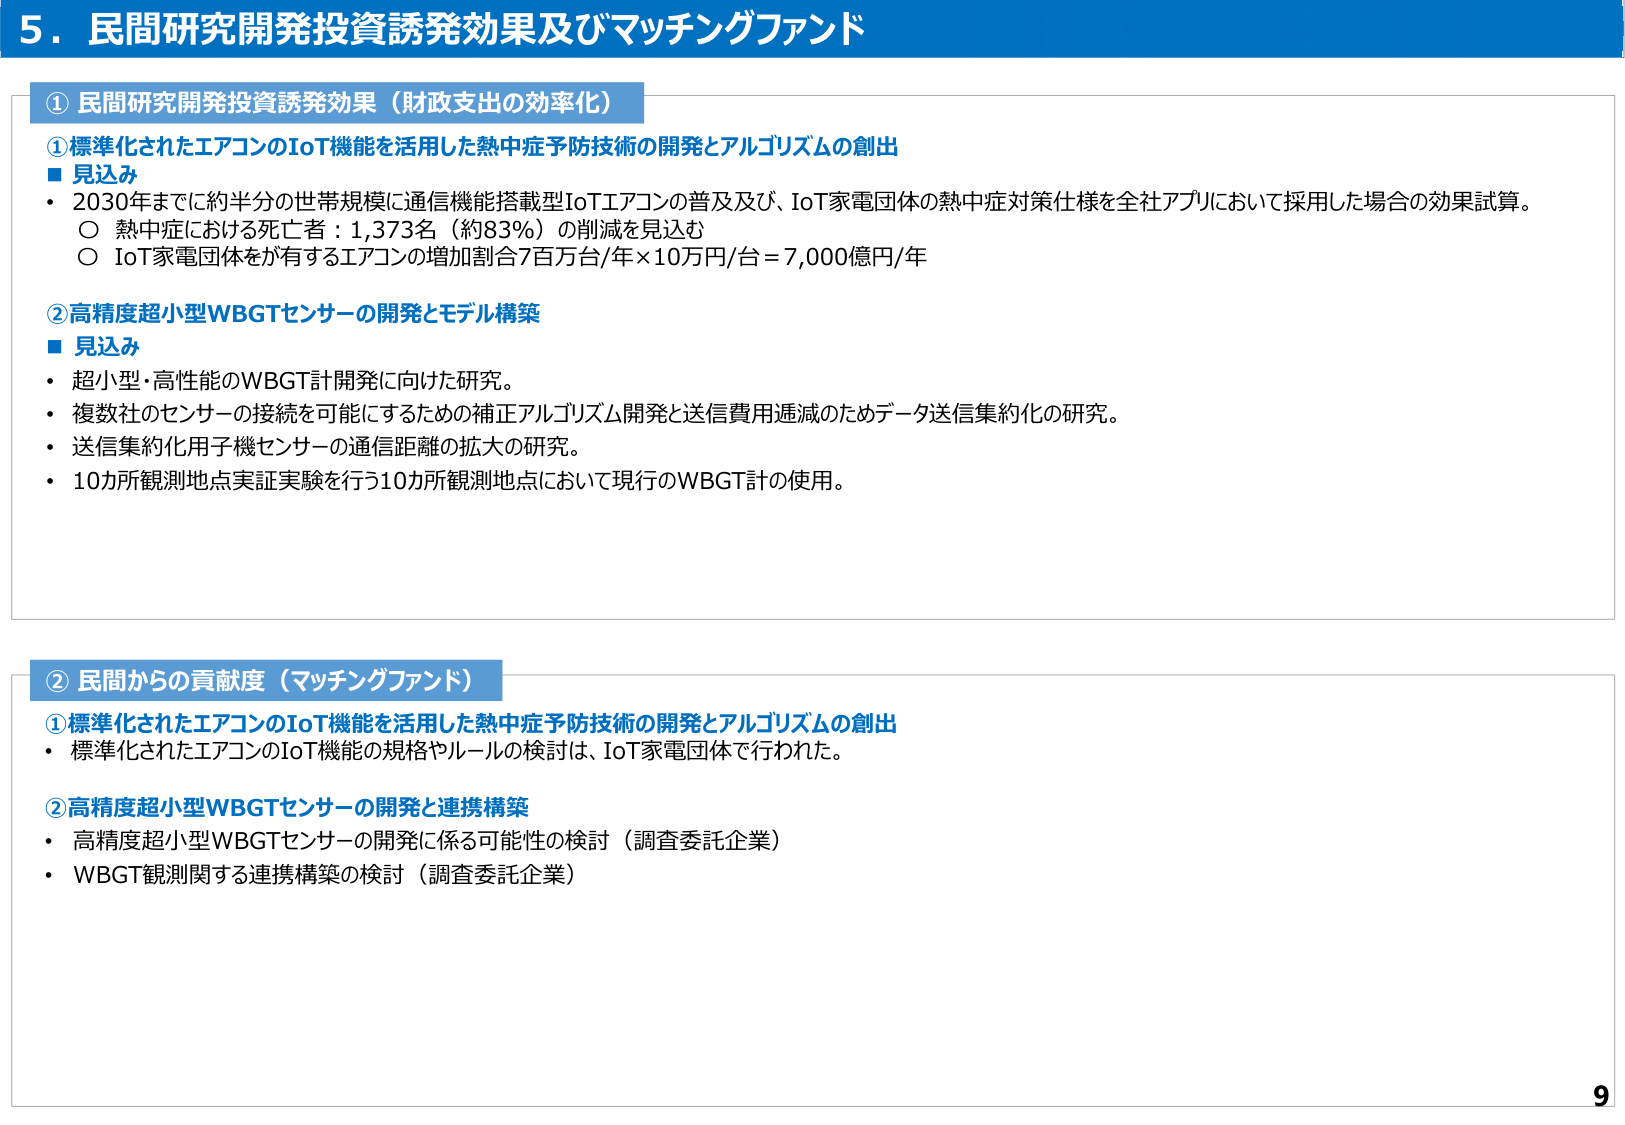
5．民間研究開発投資誘発効果及びマッチングファンド

① 民間研究開発投資誘発効果（財政支出の効率化）

①標準化されたエアコンのIoT機能を活用した熱中症予防技術の開発とアルゴリズムの創出
■ 見込み
・ 2030年までに約半分の世帯規模に通信機能搭載型IoTエアコンの普及及び、IoT家電団体の熱中症対策仕様を全社アプリにおいて採用した場合の効果試算。
　○ 熱中症における死亡者：1,373名（約83％）の削減を見込む
　○ IoT家電団体が有するエアコンの増加割合7百万台/年×10万円/台＝7,000億円/年

②高精度超小型WBGTセンサーの開発とモデル構築
■ 見込み
・ 超小型・高性能のWBGT計開発に向けた研究。
・ 複数社のセンサーの接続を可能にするための補正アルゴリズム開発と送信費用逓減のためデータ送信集約化の研究。
・ 送信集約化用子機センサーの通信距離の拡大の研究。
・ 10カ所観測地点実証実験を行う10カ所観測地点において現行のWBGT計の使用。

② 民間からの貢献度（マッチングファンド）

①標準化されたエアコンのIoT機能を活用した熱中症予防技術の開発とアルゴリズムの創出
・ 標準化されたエアコンのIoT機能の規格やルールの検討は、IoT家電団体で行われた。

②高精度超小型WBGTセンサーの開発と連携構築
・ 高精度超小型WBGTセンサーの開発に係る可能性の検討（調査委託企業）
・ WBGT観測関する連携構築の検討（調査委託企業）

9